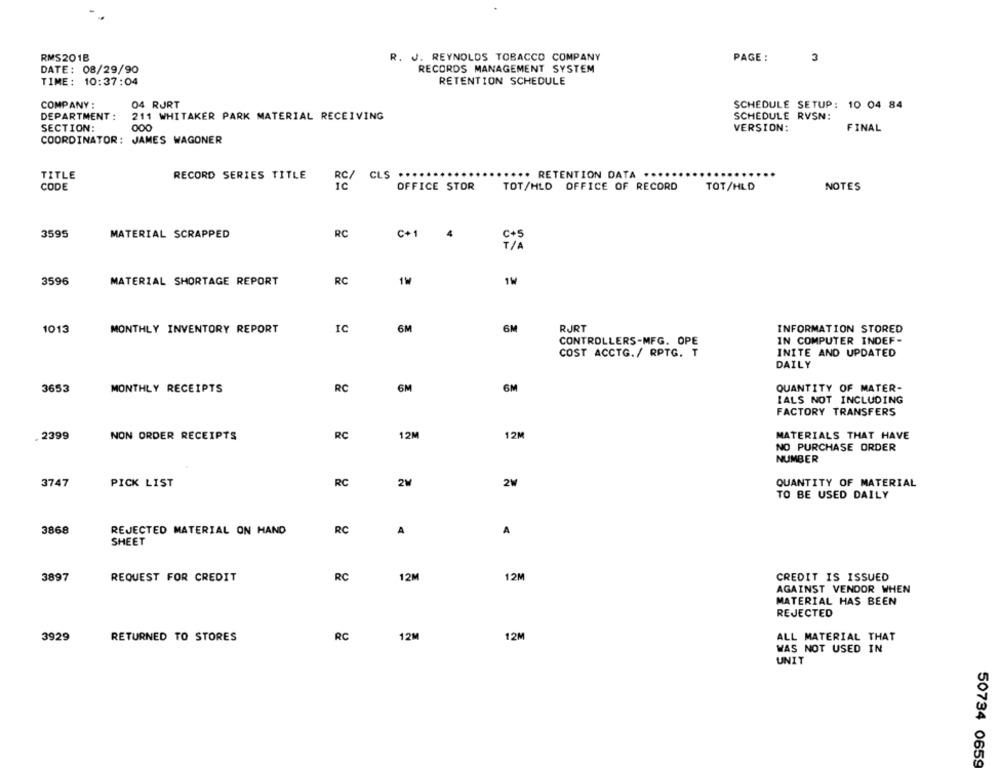
RMS201B
R. J. REYNOLDS TOBACCO COMPANY
PAGE :
3
DATE: 08/29/90
RECORDS MANAGEMENT SYSTEM
TIME: 10:37:04
RETENTION SCHEDULE
COMPANY :
04 RURT
SCHEDULE SETUP: 10 04 84
DEPARTMENT :
211 WHITAKER PARK MATERIAL RECEIVING
SCHEDULE RVSN:
SECTION:
000
VERSION:
FINAL
COORDINATOR: JAMES WAGONER
TITLE
RECORD SERIES TITLE
CLS ···
... RETENTION DATA ....
RC/
CODE
OFFICE STOR
TOT/HLD OFFICE OF RECORD
TOT/HLD
NOTES
3595
MATERIAL SCRAPPED
RC
C+1
4
3596
MATERIAL SHORTAGE REPORT
RC
1W
1013
MONTHLY INVENTORY REPORT
IC
6M
6M
RJRT
INFORMATION STORED
CONTROLLERS-MFG. OPE
IN COMPUTER INDEF-
COST ACCTG./ RPTG. T
INITE AND UPDATED
DAILY
3653
MONTHLY RECEIPTS
RC
6M
6M
QUANTITY OF MATER-
IALS NOT INCLUDING
FACTORY TRANSFERS
. 2399
NON ORDER RECEIPTS
RC
12M
12M
MATERIALS THAT HAVE
NO PURCHASE ORDER
NUMBER
3747
PICK LIST
RC
2M
2W
QUANTITY OF MATERIAL
TO BE USED DAILY
3868
REJECTED MATERIAL ON HAND
RC
A
A
SHEET
3897
RC
12M
CREDIT IS ISSUED
REQUEST FOR CREDIT
12M
AGAINST VENDOR WHEN
MATERIAL HAS BEEN
REJECTED
3929
RETURNED TO STORES
RC
12M
12M
ALL MATERIAL THAT
WAS NOT USED IN
UNIT
50734 0659